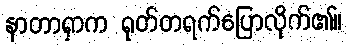
နာတာရှာက ရုတ်တရက်ပြောလိုက်၏။